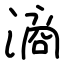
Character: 滳